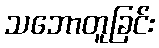
သဘောတူခြင်း